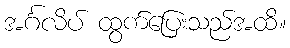
အင်္ဂလိပ် ထွက်ပြေးသည်အထိ။